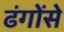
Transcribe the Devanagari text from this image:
ढंगोंसे